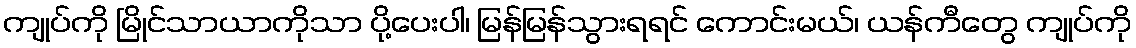
ကျုပ်ကို မြိုင်သာယာကိုသာ ပို့ပေးပါ၊ မြန်မြန်သွားရရင် ကောင်းမယ်၊ ယန်ကီတွေ ကျုပ်ကို